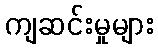
ကျဆင်းမှုများ